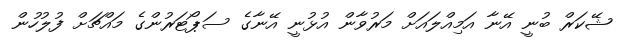
ޝޭކަރް ބުނީ އޭނާ އަމިއްލައަށް މަރުވާން އުޅުނީ އޭނާގެ ސަޕޯޓަރުންގެ މައްޗަށް ފުލުހުން